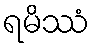
ရမိဿံ